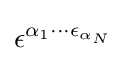
\epsilon ^{\alpha _{1}\cdots \epsilon _{\alpha _{N}}}